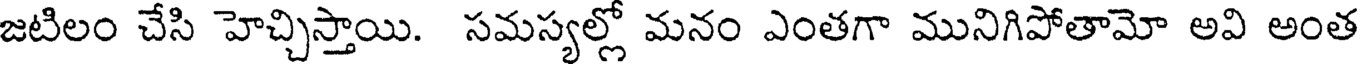
జటిలం చేసి హెచ్చిస్తాయి. సమస్యల్లో మనం ఎంతగా మునిగిపోతామో అవి అంత